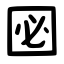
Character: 㘠